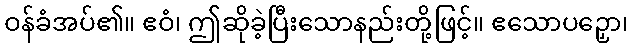
ဝန်ခံအပ်၏။ ဧဝံ၊ ဤဆိုခဲ့ပြီးသောနည်းတို့ဖြင့်။ ဧသောပဉှော၊